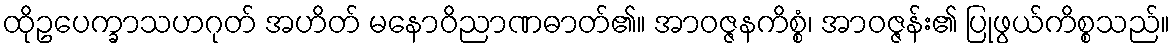
ထိုဥပေက္ခာသဟဂုတ် အဟိတ် မနောဝိညာဏဓာတ်၏။ အာဝဇ္ဇနကိစ္စံ၊ အာဝဇ္ဇန်း၏ ပြုဖွယ်ကိစ္စသည်။